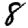
Digit: 8